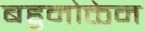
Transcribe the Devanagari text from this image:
बहुनोक्तेन